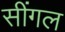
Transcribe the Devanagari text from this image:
सींगल